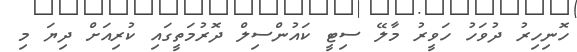
ހޮނިހިރު ދުވަހު ހަވީރު މާލޭ ސިޓީ ކައުންސިލް ދޮރުމަތީގައި ކުރިއަށް ދިޔަ މި